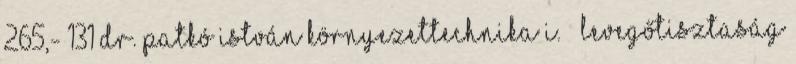
265,- 131 DR. PATKÓ ISTVÁN KÖRNYEZETTECHNIKA I. – LEVEGŐTISZTASÁG